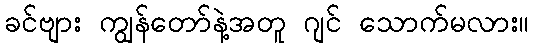
ခင်ဗျား ကျွန်တော်နဲ့အတူ ဂျင် သောက်မလား။